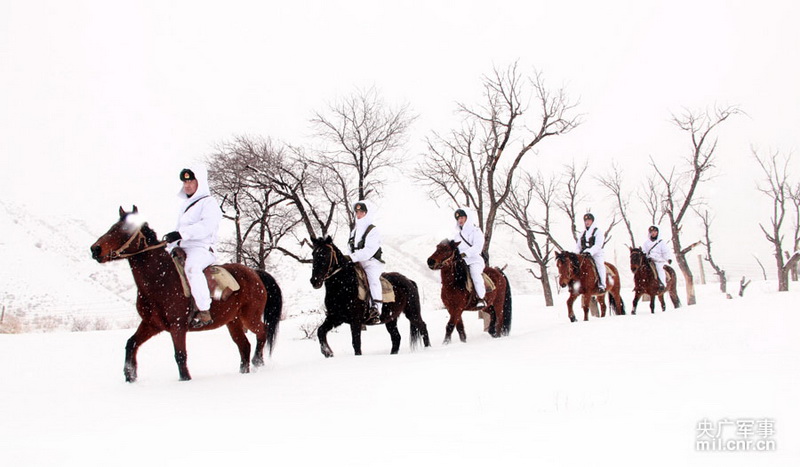
汉家天马出蒲梢，苜蓿榴花遍近郊。